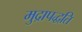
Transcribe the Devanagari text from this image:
मुद्रापद्धति